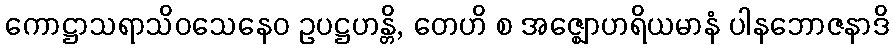
ကောဋ္ဌာသရာသိဝသေနေဝ ဥပဋ္ဌဟန္တိ, တေဟိ စ အဇ္ဈောဟရိယမာနံ ပါနဘောဇနာဒိ